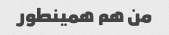
من هم همینطور